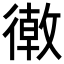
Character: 𢕴